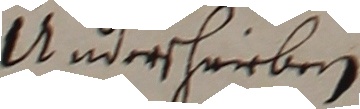
Underschrieben